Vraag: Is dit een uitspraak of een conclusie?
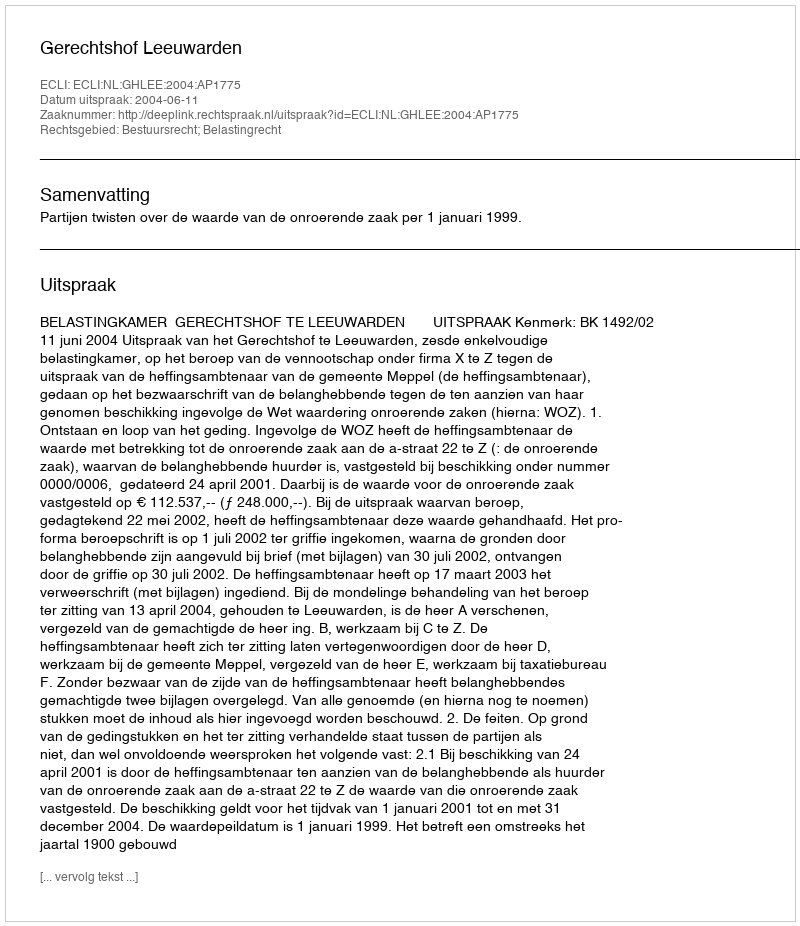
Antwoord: Uitspraak